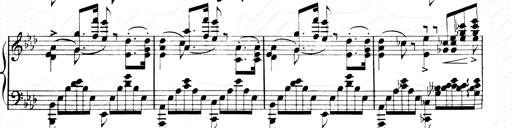
Title: 2 Transcriptions d'aprÃ¨s Rossini
Composer: Franz Liszt